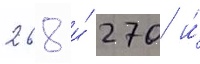
268 и́ 270 и́